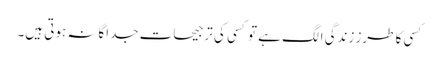
کسی کا طرز زندگی الگ ہے تو کسی کی ترجیحات جداگانہ ہوتی ہیں۔